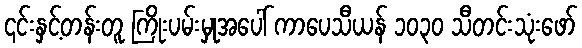
၎င်းနှင့်တန်းတူ ကြိုးပမ်းမှုအပေါ် ကာပေသီယန် ၁၀၃၀ သီတင်းသုံးဖော်